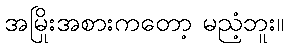
အမြိုးအစားကတော့ မညံ့ဘူး။